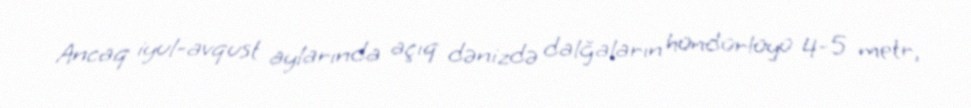
Ancaq iyul-avqust aylarında açıq dənizdə dalğaların hündürlüyü 4-5 metr,